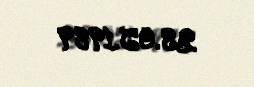
28.05.1989